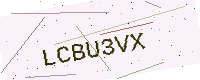
Text: LCBU3VX